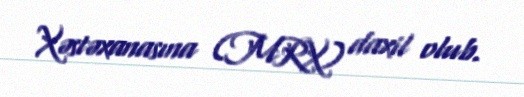
Xəstəxanasına (MRX) daxil olub.